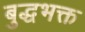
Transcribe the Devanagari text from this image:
बुद्धभक्त